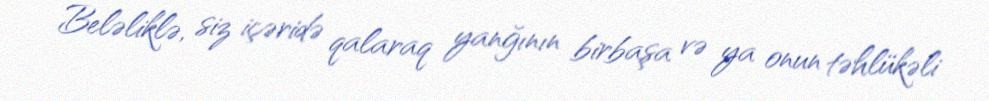
Beləliklə, siz içəridə qalaraq yanğının birbaşa və ya onun təhlükəli